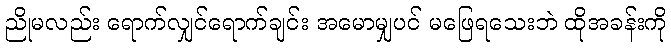
ညိုမလည်း ရောက်လျှင်ရောက်ချင်း အမောမျှပင် မဖြေရသေးဘဲ ထိုအခန်းကို